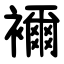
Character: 襧